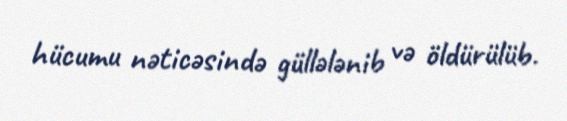
hücumu nəticəsində güllələnib və öldürülüb.